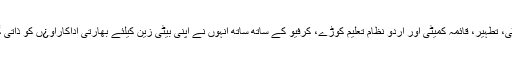
امہ امن کمیٹی، تطہیر، قائمہ کمیٹی اور اُردو نظام تعلیم کوڑے، کرفیو کے ساتھ ساتھ انہوں نے اپنی بیٹی زین کیلئے بھارتی اداکاراو¿ں کو ذاتی گیسٹ بنا لیا۔